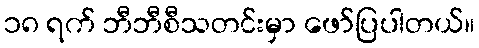
၁၈ ရက် ဘီဘီစီသတင်းမှာ ဖော်ပြပါတယ်။